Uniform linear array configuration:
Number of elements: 48
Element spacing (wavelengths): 0.75
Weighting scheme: hamming
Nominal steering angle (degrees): -60
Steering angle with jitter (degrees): -61.143
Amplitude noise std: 0.05
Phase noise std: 0.05

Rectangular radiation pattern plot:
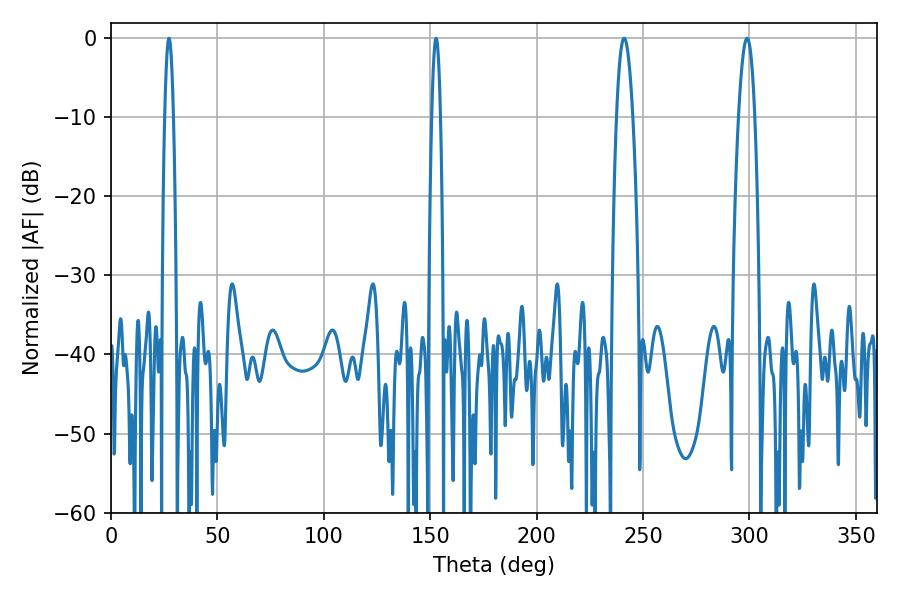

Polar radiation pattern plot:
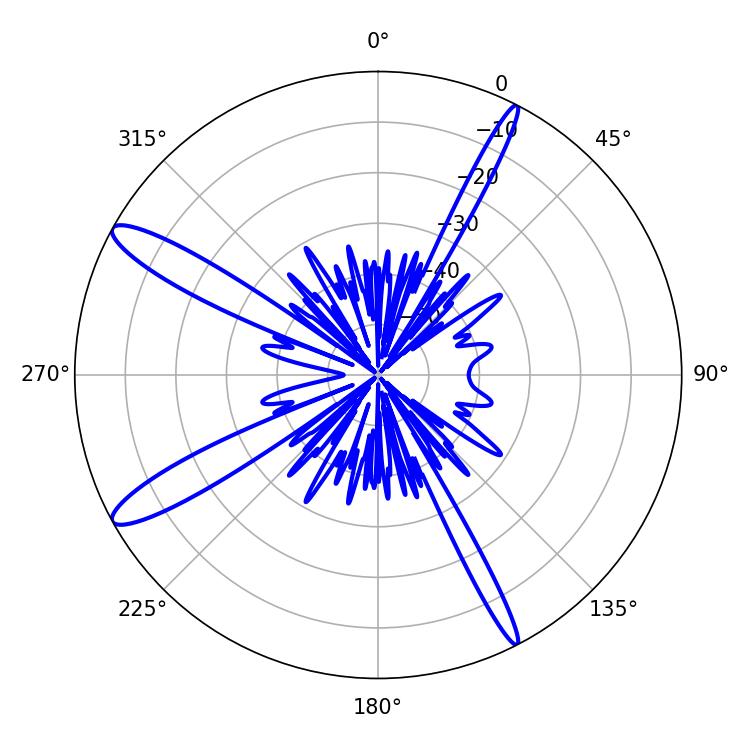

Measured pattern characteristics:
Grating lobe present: TRUE
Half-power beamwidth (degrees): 4.32
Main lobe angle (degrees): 298.8